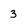
Character: 3